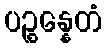
ပဉ္စန္နေတံ